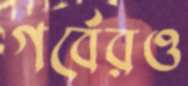
গর্বেরও